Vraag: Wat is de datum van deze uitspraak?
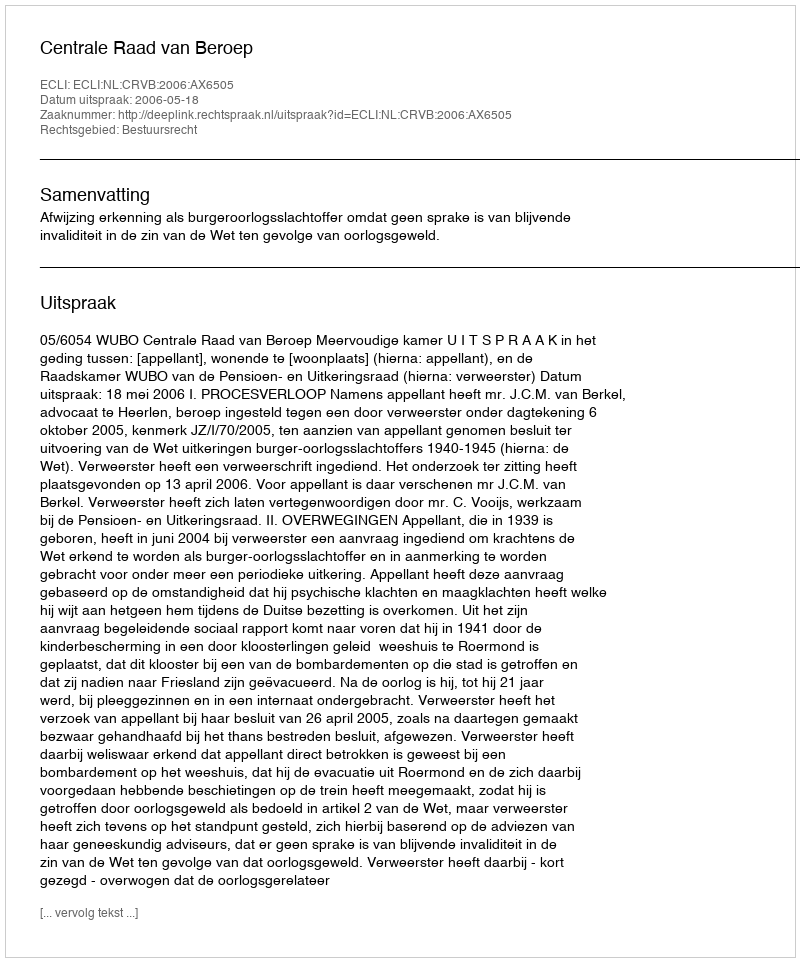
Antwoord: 2006-05-18